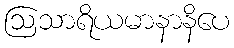
ဩသာရိယမာနာနိပေ